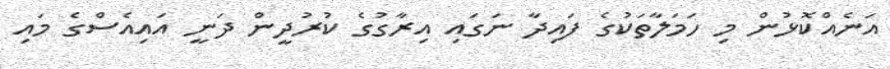
އަނެއްކޮޅުން މި ހަމަލާތަކުގެ ފައިދާ ނަގައި އިރާގުގެ ކުރުދީން ދަނީ އައިއެސްގެ މައި